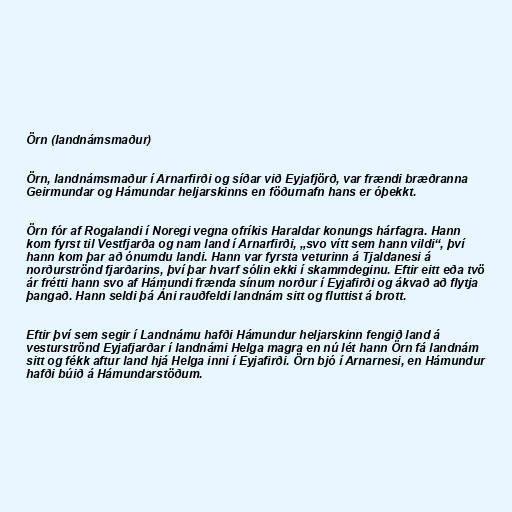
Örn (landnámsmaður)

Örn, landnámsmaður í Arnarfirði og síðar við Eyjafjörð, var frændi bræðranna
Geirmundar og Hámundar heljarskinns en föðurnafn hans er óþekkt.

Örn fór af Rogalandi í Noregi vegna ofríkis Haraldar konungs hárfagra. Hann
kom fyrst til Vestfjarða og nam land í Arnarfirði, „svo vítt sem hann vildi“, því
hann kom þar að ónumdu landi. Hann var fyrsta veturinn á Tjaldanesi á
norðurströnd fjarðarins, því þar hvarf sólin ekki í skammdeginu. Eftir eitt eða tvö
ár frétti hann svo af Hámundi frænda sínum norður í Eyjafirði og ákvað að flytja
þangað. Hann seldi þá Áni rauðfeldi landnám sitt og fluttist á brott.

Eftir því sem segir í Landnámu hafði Hámundur heljarskinn fengið land á
vesturströnd Eyjafjarðar í landnámi Helga magra en nú lét hann Örn fá landnám
sitt og fékk aftur land hjá Helga inni í Eyjafirði. Örn bjó í Arnarnesi, en Hámundur
hafði búið á Hámundarstöðum.